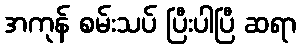
အကုန် စမ်းသပ် ပြီးပါပြီ ဆရာ